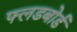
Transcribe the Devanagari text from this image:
फ्लडबोर्ड